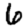
Digit: 6